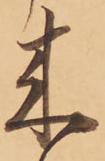
来